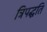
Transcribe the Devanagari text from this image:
त्रिपद्धति